Statistics compiled by the Government of India from the reports of provincial Civil Veterinary Departments
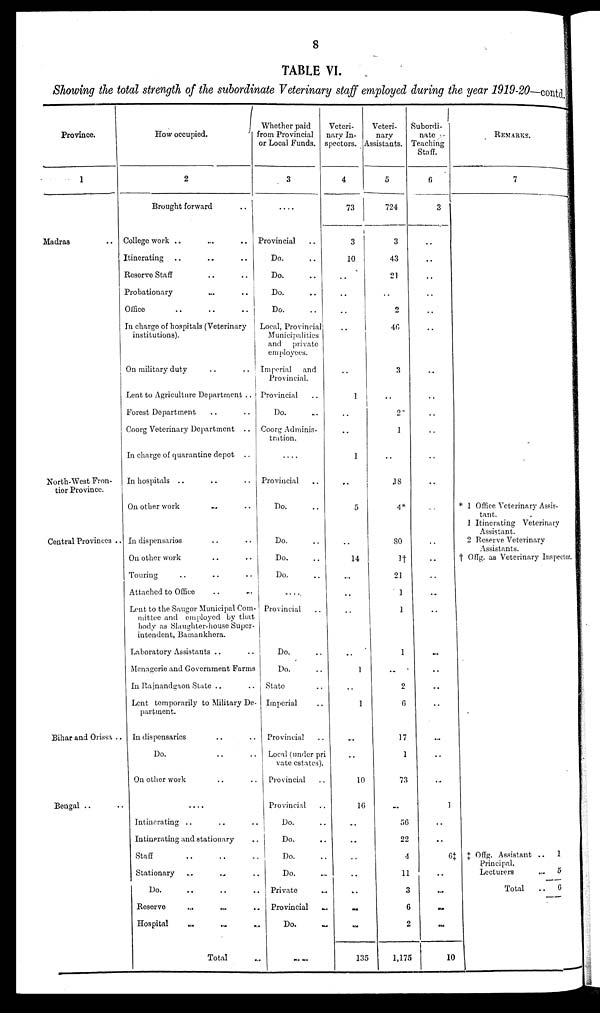
8
TABLE VI.
Showing the total strength of the subordinate Veterinary staff employed during the year 1919-20—contd.
Province.
1
Madras ..
North-West Fron-
tier Province.
Central Provinces ..
Bihar and Orissa ..
Bengal .. ..
How occupied.
2
Brought forward ..
College work .. .. ..
Itinerating .. .. ..
Reserve Staff .. ..
Probationary .. ..
Office .. .. ..
In charge of hospitals (Veterinary
institutions).
On military duty .. ..
Lent to Agriculture Department ..
Forest Department .. ..
Coorg Veterinary Department ..
In charge of quarantine depot ..
In hospitals .. .. ..
On other work .. ..
In dispensaries .. ..
On other work .. ..
Touring .. .. ..
Attached to Office .. ..
Lent to the Saugor Municipal Com-
mittee and employed by that
body as Slaughter-house Super-
intendent, Bamankhera.
Laboratory Assistants .. ..
Menagerie and Government Farms
In Rajnandgaon State .. ..
Lent temporarily to Military De-
partment.
In dispensaries .. ..
Do. .. ..
On other work .. ..
....
Intinerating .. .. ..
Intinerating and stationary ..
Staff
..
..
..
Stationary .. .. ..
Do.
..
..
..
Reserve .. .. ..
Hospital .. .. ..
Total ..
Whether paid
from Provincial
or Local Funds.
3
....
Provincial ..
Do. ..
Do. ..
Do. ..
Do. ..
Local, Provincial
Municipalities
and
private
employees.
Imperial
and
Provincial.
Provincial ..
Do. ..
Coorg Adminis-
tration.
....
Provincial ..
Do. ..
Do. ..
Do. ..
Do. ..
....
Provincial ..
Do. ..
Do. ..
State ..
Imperial ..
Provincial ..
Local (under pri
vate estates).
Provincial ..
Provincial ..
Do. ..
Do. ..
Do. ..
Do. ..
Private ..
Provincial ..
Do. ..
....
Veteri-
nary In-
spectors.
4
73
3
10
..
..
..
..
..
1
..
..
1
..
5
..
14
..
..
..
..
1
..
1
..
..
10
16
...
..
..
..
...
..
..
135
Veteri¬
nary
Assistants.
5
724
3
43
21
..
2
46
3
..
2
1
..
18
4*
80
1†
21
1
1
1
..
2
6
17
1
73
..
56
22
4
11
3
6
2
1,175
Subordi-
nate
Teaching
Staff.
6
3
..
..
..
..
..
..
..
..
..
..
..
..
..
..
..
..
..
..
..
..
..
..
...
..
..
1
..
..
6‡
..
..
..
..
10
REMARKS.
7
* 1 Office Veterinary Assis-
tant.
1 Itinerating Veterinary
Assistant.
2 Reserve Veterinary
Assistants.
† Offg. as Veterinary Inspector.
‡ Offg. Assistant ..
1
Principal.
Lecturers
..
5
Total
.. 6